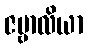
ဇမ္ဗာလိယာ